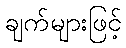
ချက်များဖြင့်